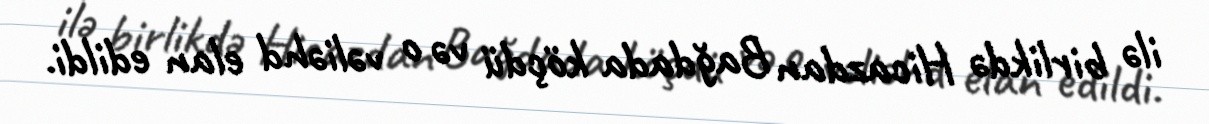
ilə birlikdə Hicazdan Bağdada köçdü və o vəliəhd elan edildi.